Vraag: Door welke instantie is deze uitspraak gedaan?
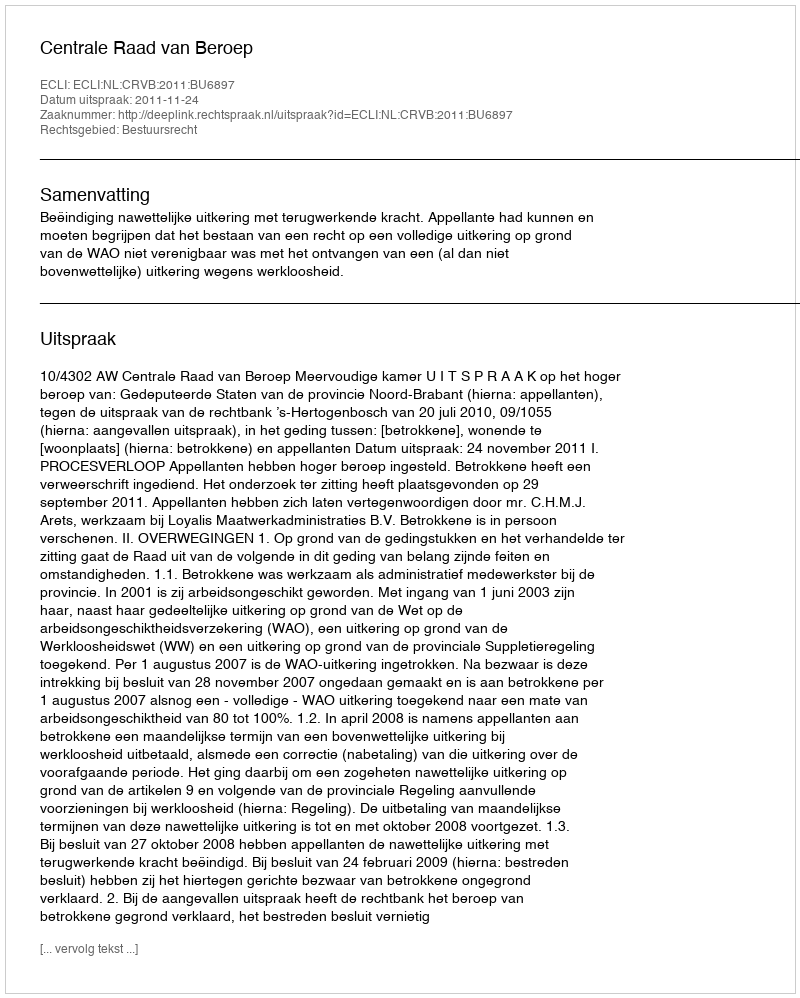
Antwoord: Centrale Raad van Beroep